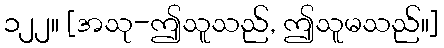
၁၂၂။ [အသု-ဤသူသည်, ဤသူမသည်။]